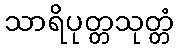
သာရိပုတ္တသုတ္တံ